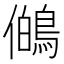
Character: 𭀊